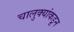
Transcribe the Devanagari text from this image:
चालुक्यांकडून